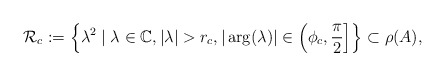
\begin{align*} \mathcal{R}_{c}:=\left\{\lambda^{2} \mid \lambda\in\mathbb{C}, |\lambda|>r_{c},|\arg(\lambda)|\in\left(\phi_{c},\frac{\pi}{2}\right]\right\} \subset\rho(A),\end{align*}